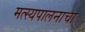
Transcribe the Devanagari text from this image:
मत्स्यपालनाचा